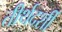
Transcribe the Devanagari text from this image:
तीर्थदर्शी